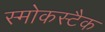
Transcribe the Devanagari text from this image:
स्मोकस्टैक